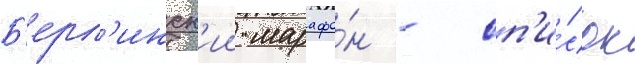
Б'ерл'инск'ии марафо́н - сп'и́сок